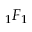
{ } _ { 1 } F _ { 1 }